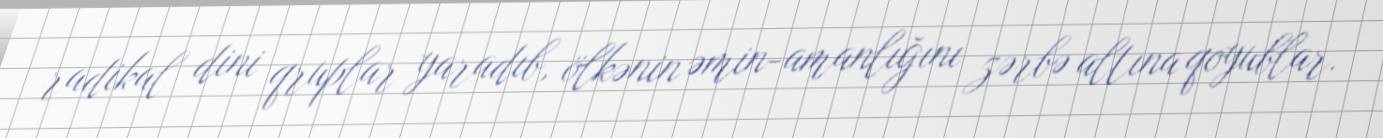
radikal dini qruplar yaradıb, ölkənin əmin-amanlığını zərbə altına qoyublar.